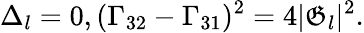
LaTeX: \Delta_{l}=0,(\Gamma_{32}-\Gamma_{31})^{2}=4|\mathfrak{G}_{l}|^{2}.